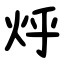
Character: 烀